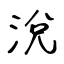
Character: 涗